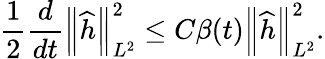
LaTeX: \frac{1}{2}\frac{d}{dt}\left\| \widehat{h}\right\| _{L^{2}}^{2}\leq C\beta(t)\left\| \widehat{h}\right\| _{L^{2}}^{2}.